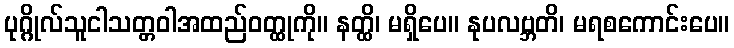
ပုဂ္ဂိုလ်သူငါသတ္တဝါအထည်ဝတ္ထုကို။ နတ္ထိ၊ မရှိပေ။ နုပလဗ္ဘတိ၊ မရစကောင်းပေ။